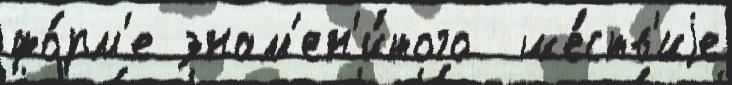
фо́рм'е знам'ен'и́того  ше́ств'иjе